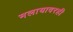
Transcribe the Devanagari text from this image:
मलायावरही